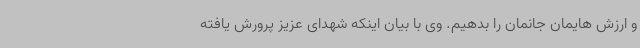
و ارزش هایمان جانمان را بدهیم. وی با بیان اینکه شهدای عزیز پرورش یافته